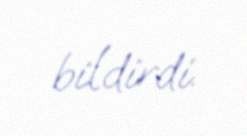
bildirdi.